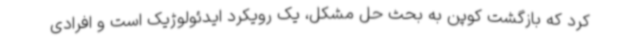
کرد که بازگشت کوپن به بحث حل مشکل، یک رویکرد ایدئولوژیک است و افرادی